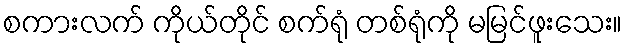
စကားလက် ကိုယ်တိုင် စက်ရုံ တစ်ရုံကို မမြင်ဖူးသေး။